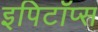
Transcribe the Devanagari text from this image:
इपिटॉप्स